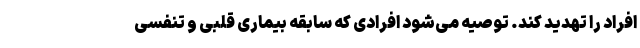
افراد را تهدید کند. توصیه می‌شود افرادی ‌که سابقه بیماری‌ قلبی و تنفسی